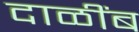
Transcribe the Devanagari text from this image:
दाळींब